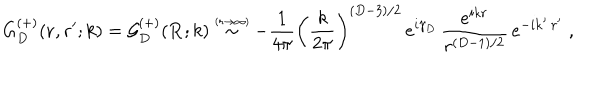
G _ { { D } } ^ { ( + ) } ( { \bf r } , { \bf r } ^ { \prime } ; k ) = { \mathcal G } _ { { D } } ^ { ( + ) } ( { \bf R } ; k ) \stackrel { \scriptscriptstyle ( r \rightarrow \infty ) } { \sim } - \frac { 1 } { 4 \pi } \left( \frac { k } { 2 \pi } \right) ^ { ( { D } - 3 ) / 2 } \, e ^ { i \gamma _ { { D } } } \, \frac { e ^ { i k r } } { r ^ { ( { D } - 1 ) / 2 } } \, e ^ { - i { \bf k } ^ { \prime } \cdot { \bf r } ^ { \prime } } \; ,